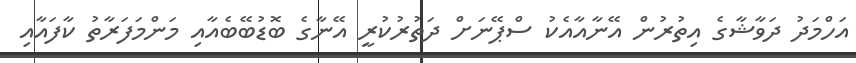
އަހްމަދު ދަވާޝާގެ އިތުރުން އޭނާއާއެކު ސްޕޭނަށް ދަތުރުކުރީ އޭނާގެ ބޮޑުބޭބެއާއި މަންމަފަރާތު ކާފައާއި